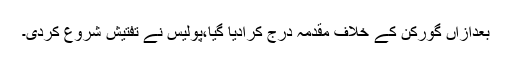
بعدازاں گورکن کے خلاف مقدمہ درج کرادیا گیا،پولیس نے تفتیش شروع کردی۔